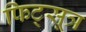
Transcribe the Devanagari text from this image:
फिट्सूत्र